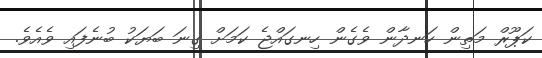
ކަޕޫރް މަތިން ހަނދާން ވެގެން ހިނގައްޖެ ކަމަށް ގިނަ ބަޔަކު ބުނެފައި ވެއެވެ.